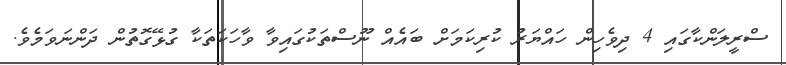
ސްރީލަންކާގައި 4 ދިވެހިން ހައްޔަރު ކުރިކަމަށް ބައެއް ނޫސްތަކުގައިވާ ވާހަކަތަކާ ގުޅޭގޮތުން ދަންނަވަމެވެ.